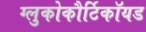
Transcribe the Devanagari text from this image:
ग्लुकोकौर्टिकॉयड